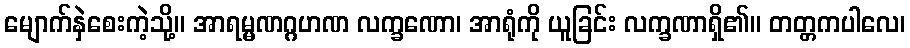
မျောက်နှဲစေးကဲ့သို့။ အာရမ္မဏဂ္ဂဟဏ လက္ခဏော၊ အာရုံကို ယူခြင်း လက္ခဏာရှိ၏။ တတ္တကပါလေ၊